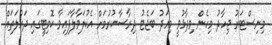
މިނިސްޓަރު ޖިހާދު މިހެން ވިދާޅުވީ މިއަދު ބަޖެޓު ދިރާސާކުރުމަށް އެކުލަވާލާފައިވާ ކޮމިޓީގައި ދައުލަތައް